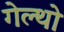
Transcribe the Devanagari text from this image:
गेल्थो